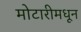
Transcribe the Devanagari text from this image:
मोटारीमधून